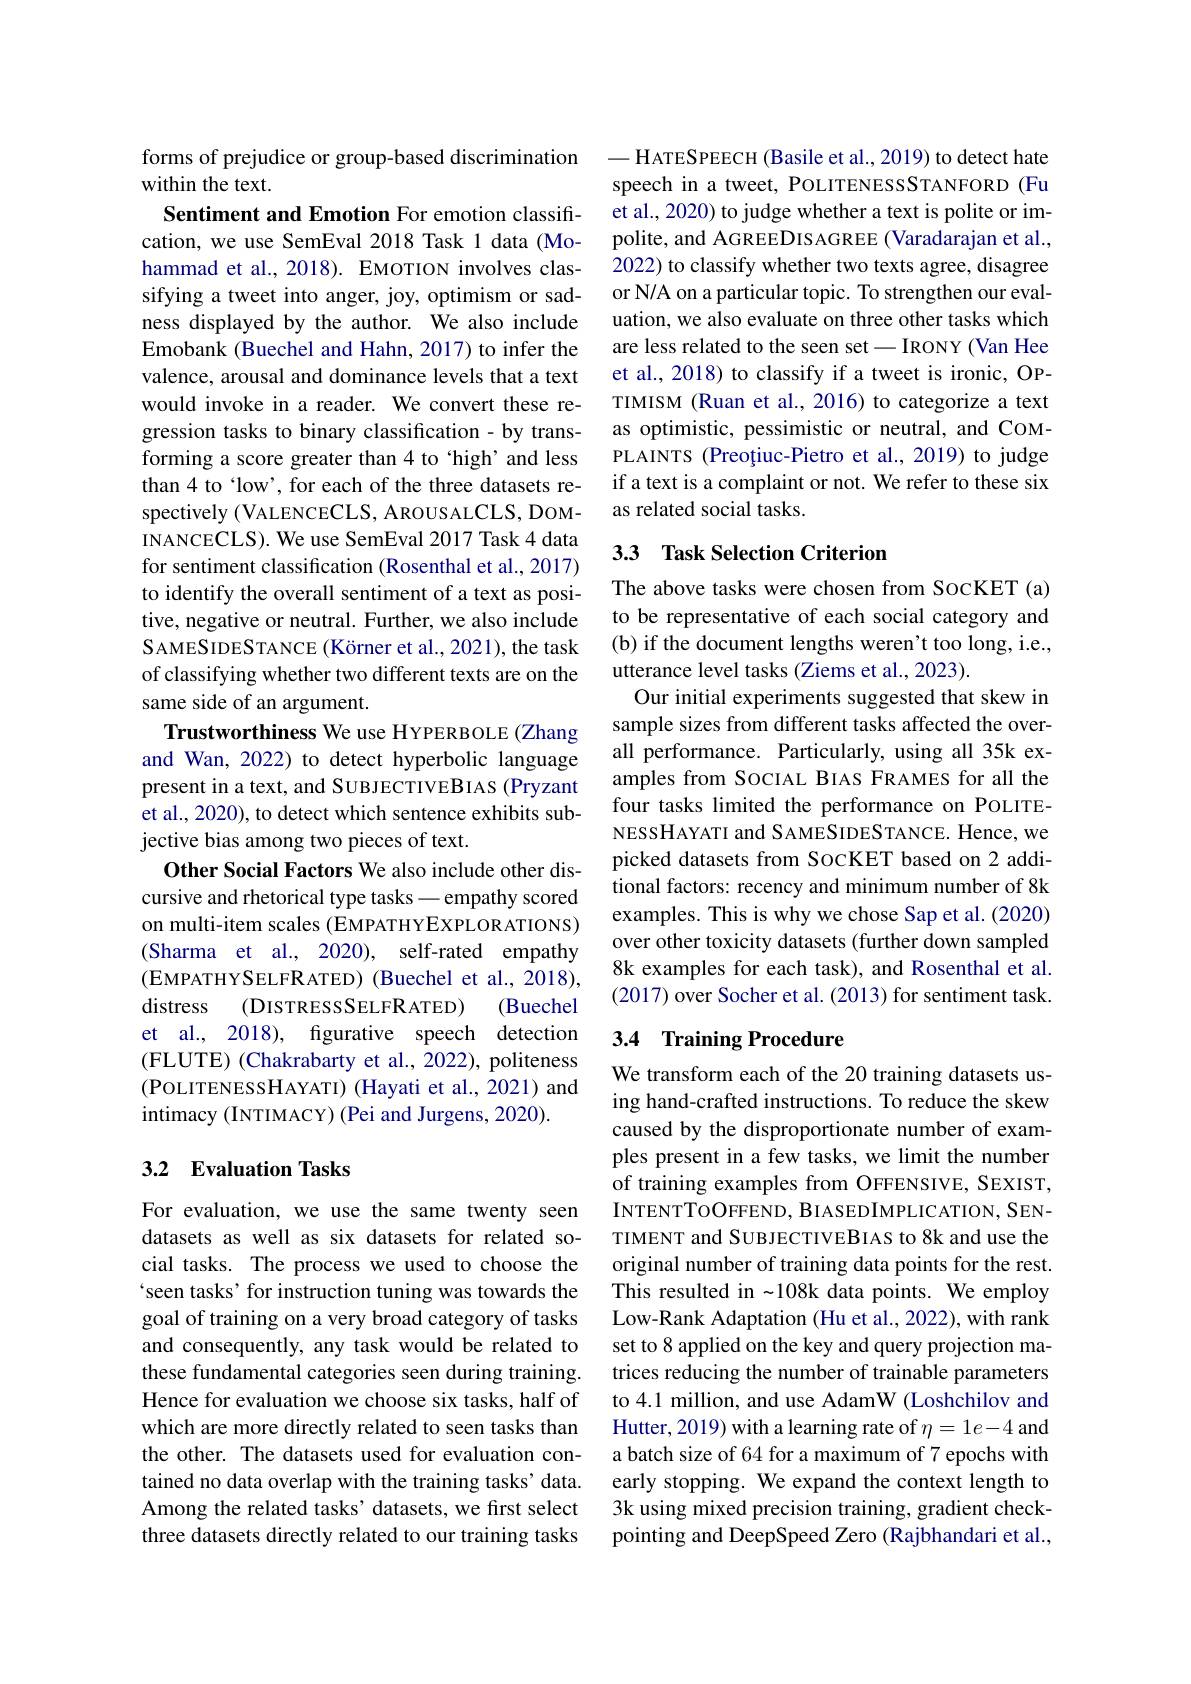
forms of prejudice or group-based discrimination
within the text.

Sentiment and Emotion For emotion classification, we use SemEval 2018 Task 1 data (Mohammad et al., 2018). EMOTION involves classifying a tweet into anger, joy, optimism or sadness displayed by the author. We also include Emobank (Buechel and Hahn, 2017) to infer the valence, arousal and dominance levels that a text would invoke in a reader. We convert these regression tasks to binary classification - by transforming a score greater than 4 to ‘high’and less than 4 to ‘low’, for each of the three datasets respectively (VALENCECLS, AROUSALCLS, DOMINANCECLS). We use SemEval 2017 Task 4 data for sentiment classification (Rosenthal et al., 2017) to identify the overall sentiment of a text as positive, negative or neutral. Further, we also include SAMESIDESTANCE (Körner et al., 2021), the task of classifying whether two different texts are on the same side of an argument.
Trustworthiness We use HYPERBOLE (Zhang and Wan, 2022) to detect hyperbolic language present in a text, and SUBJECTIVEBIAS (Pryzant et al., 2020), to detect which sentence exhibits subjective bias among two pieces of text.
Other Social Factors We also include other discursive and rhetorical type tasks - empathy scored on multi-item scales (EMPATHYEXPLORATIONS) (Sharma et al., 2020), self-rated empathy (EMPATHYSELFRATED) (Buechel et al., 2018),
(Buechel
distress (DISTRESSSELFRATED)
et al., 2018), fgurative speech detection (FLUTE) (Chakrabarty et al., 2022), politeness (POLITENESSHAYATI) (Hayati et al., 2021) and intimacy (INTIMACY) (Pei and Jurgens, 2020).

## 3.2 Evaluation Tasks

For evaluation, we use the same twenty seen datasets as well as six datasets for related social tasks. The process we used to choose the seen tasks' for instruction tuning was towards the goal of training on a very broad category of tasks and consequently, any task would be related to these fundamental categories seen during training. Hence for evaluation we choose six tasks, half of which are more directly related to seen tasks than the other. The datasets used for evaluation contained no data overlap with the training tasks' data. Among the related tasks' datasets, we first select three datasets directly related to our training tasks

-HATESPEECH (Basile et al., 2019) to detect hate speech in a tweet, POLITENESSSTANFORD (Fu et al., 2020) to judge whether a text is polite or impolite, and AGREEDISAGREE (Varadarajan et al., 2022) to classify whether two texts agree, disagree or N/A on a particular topic. To strengthen our evaluation, we also evaluate on three other tasks which are less related to the seen set - IRONY (Van Hee et al., 2018) to classify if a tweet is ironic, OPTIMISM (Ruan et al., 2016) to categorize a text as optimistic, pessimistic or neutral, and COMPLAINTS (Preoțiuc-Pietro et al., 2019) to judge if a text is a complaint or not. We refer to these six as related social tasks.

## 3.3 Task Selection Criterion

The above tasks were chosen from SocKET (a) to be representative of each social category and (b) if the document lengths weren't too long, i.e., utterance level tasks (Ziems et al., 2023).
Our initial experiments suggested that skew in sample sizes from different tasks affected the overall performance. Particularly, using all 35k examples from SOCIAL BIAS FRAMES for all the four tasks limited the performance on POLITENESSHAYATI and SAMESIDESTANCE. Hence, we picked datasets from SocKET based on 2 additional factors: recency and minimum number of 8k examples. This is why we chose Sap et al. (2020) over other toxicity datasets (further down sampled 8k examples for each task), and Rosenthal et al. (2017) over Socher et al. (2013) for sentiment task

## 3.4 Training Procedure

We transform each of the 20 training datasets using hand-crafted instructions. To reduce the skew caused by the disproportionate number of examples present in a few tasks, we limit the number of training examples from OFFENSIVE, SEXIST, INTENTTOOFFEND, BIASEDIMPLICATION, SENTIMENT and SUBJECTIVEBIAS to 8k and use the original number of training data points for the rest. This resulted in -108k data points. We employ Low-Rank Adaptation (Hu et al., 2022), with rank set to 8 applied on the key and query projection matrices reducing the number of trainable parameters to 4.1 million, and use AdamW (Loshchilov and Hutter, 2019) with a learning rate of $\eta=1e-4$ and a batch size of 64 for a maximum of 7 epochs with early stopping. We expand the context length to 3k using mixed precision training, gradient checkpointing and DeepSpeed Zero (Rajbhandari et al.,